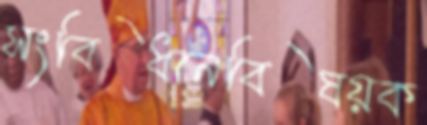
সংবিধানবিষয়ক